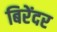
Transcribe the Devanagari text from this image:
बिरेंदर